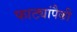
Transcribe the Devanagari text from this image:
फाट्यांपैकी